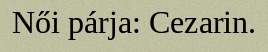
Női párja: Cezarin.